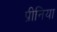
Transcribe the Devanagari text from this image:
प्रीनिया